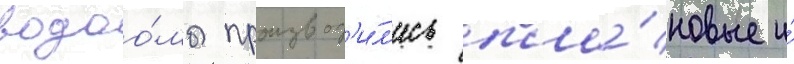
водоо́мы производ'и́л'ись пла́новые и́